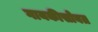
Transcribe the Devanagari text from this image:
गायकीसोबत